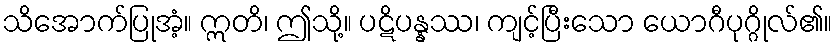
သိအောက်ပြုအံ့။ ဣတိ၊ ဤသို့။ ပဋိပန္နဿ၊ ကျင့်ပြီးသော ယောဂီပုဂ္ဂိုလ်၏။